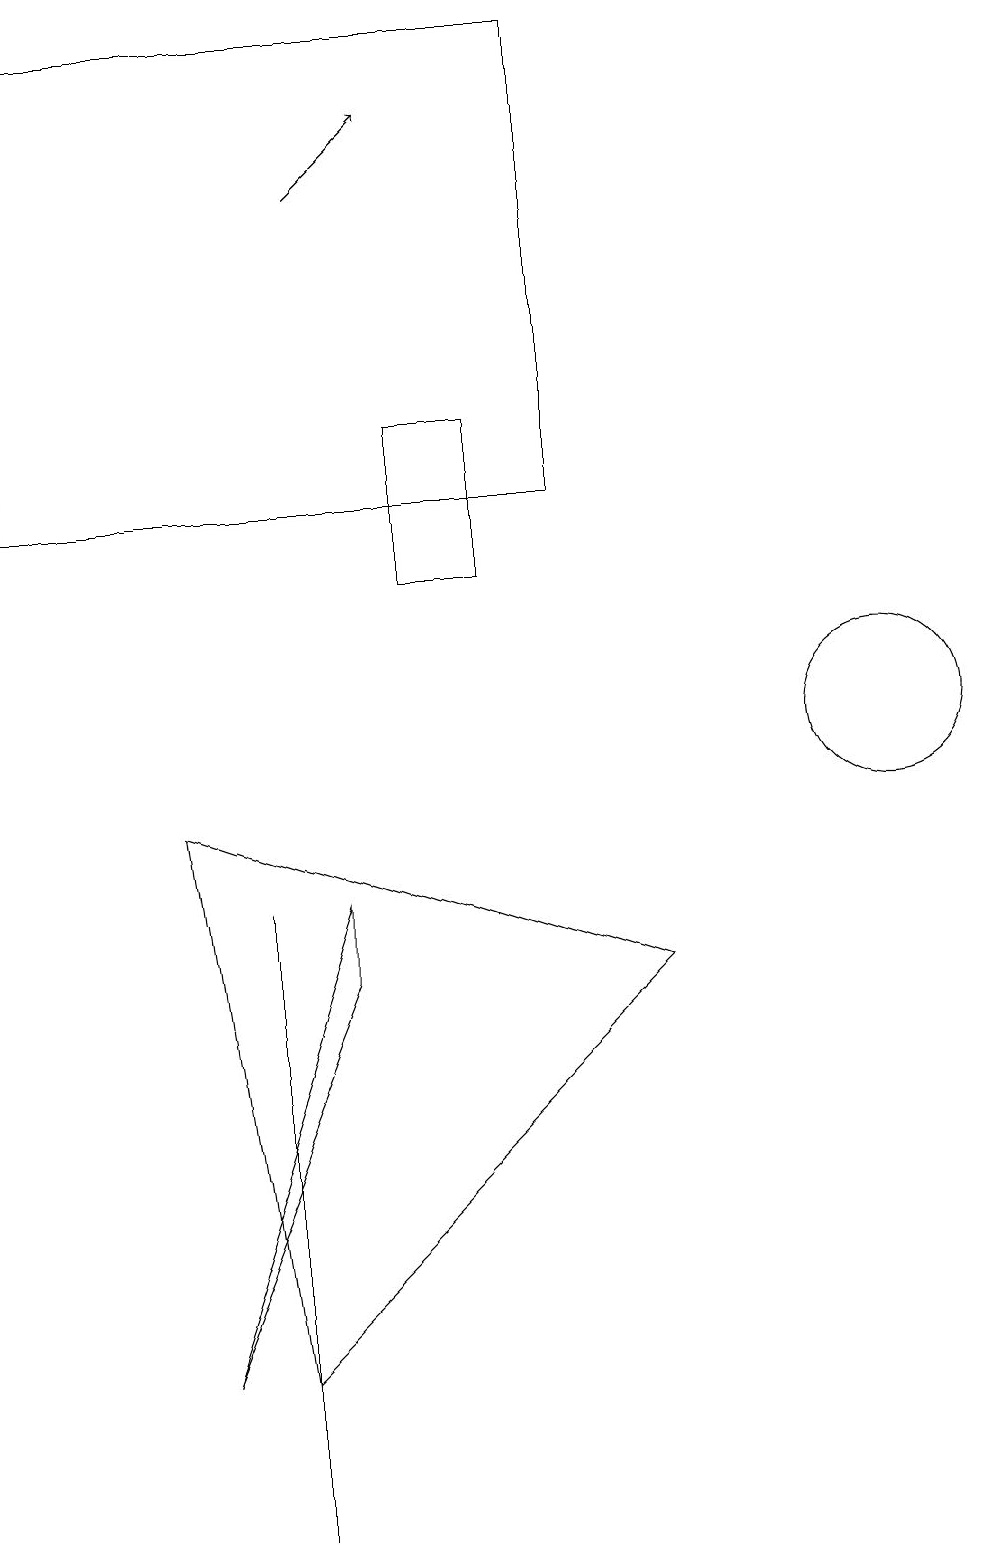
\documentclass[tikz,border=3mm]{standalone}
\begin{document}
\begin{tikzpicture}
\draw (8,13) rectangle (1,19);
\draw[->] (5,17) -- (6,18);
\draw (4,8) -- (4,3) -- (4,0) -- cycle;
\draw (7,12) rectangle (6,14);
\draw (12,10) circle (1);
\draw (5,8) -- (5,7) -- (3,2) -- cycle;
\draw (4,2) -- (9,7) -- (3,9) -- cycle;
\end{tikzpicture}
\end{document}